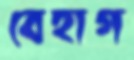
বেহাগ